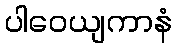
ပါဝေယျကာနံ